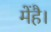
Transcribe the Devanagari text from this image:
मेंहै।